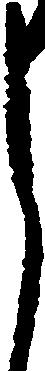
御